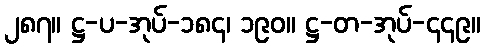
၂၈၇။ ဋ္ဌ-ပ-အုပ်-၁၈၄၊ ၁၉၀။ ဋ္ဌ-တ-အုပ်-၄၄၉။